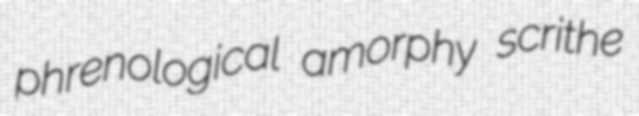
phrenological amorphy scrithe